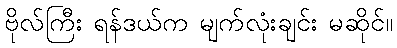
ဗိုလ်ကြီး ရန်ဒယ်က မျက်လုံးချင်း မဆိုင်။